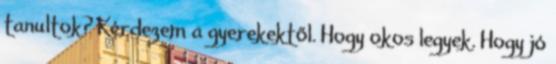
tanultok? Kérdezem a gyerekektől. Hogy okos legyek. Hogy jó